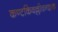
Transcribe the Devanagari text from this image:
कण्टकिवल्लीवन्दाक